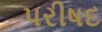
પરીષદ